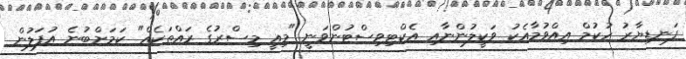
ފަނޑިޔާރު ހުކުމް އިއްވުމާއެކު ވަކީލުންނާއި އެކްޓިވިސްޓުންވަނީ "މިއީ މިސްރުގެ ރައްތަކެއް" ކަމަށްބުނެ އުފަލުން